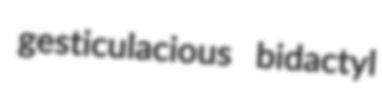
gesticulacious bidactyl